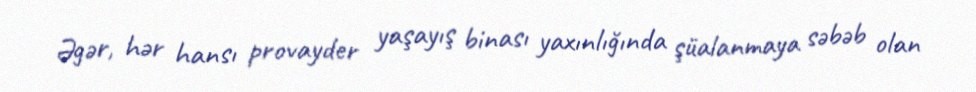
Əgər, hər hansı provayder yaşayış binası yaxınlığında şüalanmaya səbəb olan